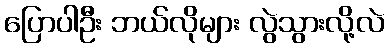
ပြောပါဦး ဘယ်လိုများ လွဲသွားလို့လဲ